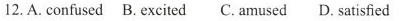
12. A. confused B. excited C. amused D. satisfied